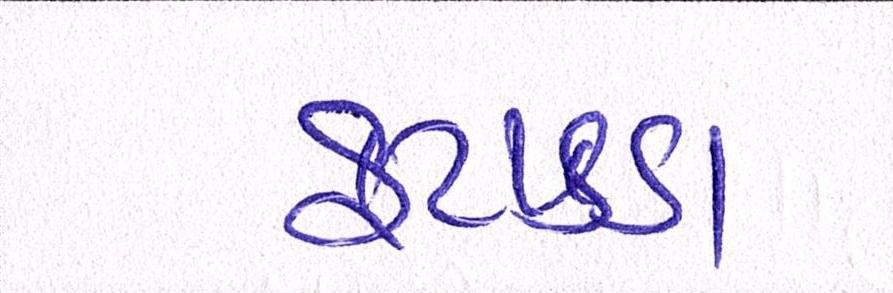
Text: ફટાકડા